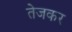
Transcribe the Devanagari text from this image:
तेजकर